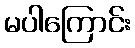
မပါကြောင်း